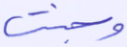
وجنت